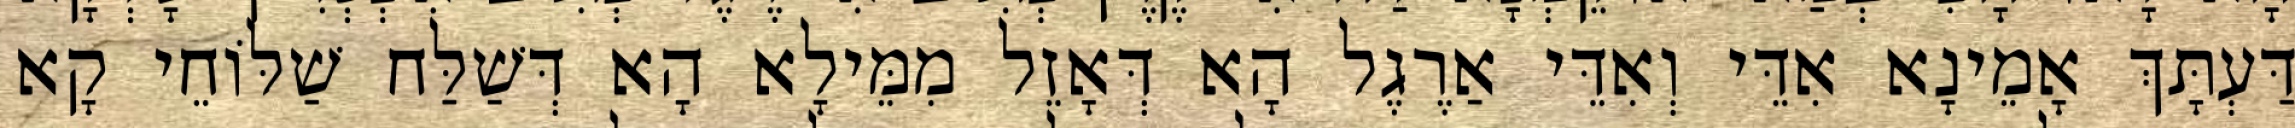
דַּעְתָּךְ אָמֵינָא אִדֵּי וְאִדֵּי אַרֶגֶל הָא דְּאָזֵל מִמֵּילָא הָא דְּשַׁלַּח שַׁלּוֹחֵי קָא